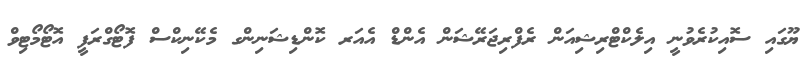
ޔޫގައި ސޮއިކުރެވުނީ އިލެކްޓްރިޝިއަން ރެފްރިޖަރޭޝަން އެންޑް އެއަރ ކޮންޑިޝަނިންގ މެކޭނިކްސް ފޮޓޯގްރަފީ އޮޓޯމޯޓިވް